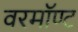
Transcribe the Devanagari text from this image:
वरमॉण्ट